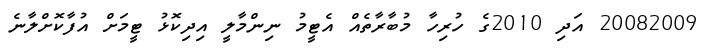
20082009 އަދި 2010ގެ ހުރިހާ މުބާރާތެއް އެޓީމު ނިންމާލީ އިދިކޮޅު ޓީމަށް އުފާކޮށްލާނެ